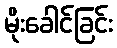
မိုးခေါင်ခြင်း